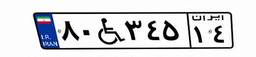
۶۱W۷۸۹۵۶